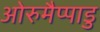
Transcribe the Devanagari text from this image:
ओरुमैप्पाडु